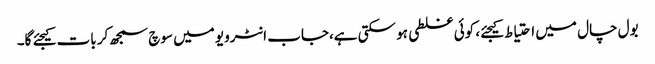
بول چال میں احتیاط کیجئے، کوئی غلطی ہو سکتی ہے،جاب انٹرویو میں سوچ سمجھ کر بات کیجئے گا۔